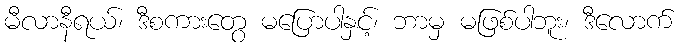
မီလာနီရယ်၊ ဒီစကားတွေ မပြောပါနှင့်၊ ဘာမှ မဖြစ်ပါဘူး၊ ဒီလောက်